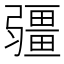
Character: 𭛌